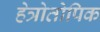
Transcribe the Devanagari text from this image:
हेत्रोतोपिक